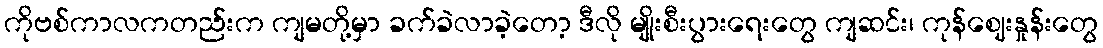
ကိုဗစ်ကာလကတည်းက ကျမတို့မှာ ခက်ခဲလာခဲ့တော့ ဒီလို မျိုးစီးပွားရေးတွေ ကျဆင်း၊ ကုန်ဈေးနှုန်းတွေ